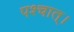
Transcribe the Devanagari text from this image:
पश्चात्‌।